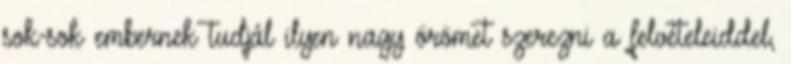
sok-sok embernek tudjál ilyen nagy örömet szerezni a felvételeiddel,